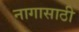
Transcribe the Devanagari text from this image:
नागासाठी